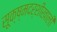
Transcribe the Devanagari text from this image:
सूक्ष्मदर्शीखाली